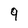
Character: 9